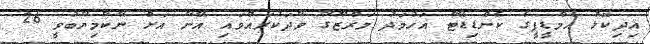
އިދިކޮޅު އެމްޑީޕީގެ ކެންޑިޑޭޓް އަހުމަދު މަރްޒޫގާ ވާދަކުރައްވައި އޭނާ އަށް ނާކާމިޔާބުވީ 26